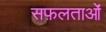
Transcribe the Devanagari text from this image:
सफ़लताओं